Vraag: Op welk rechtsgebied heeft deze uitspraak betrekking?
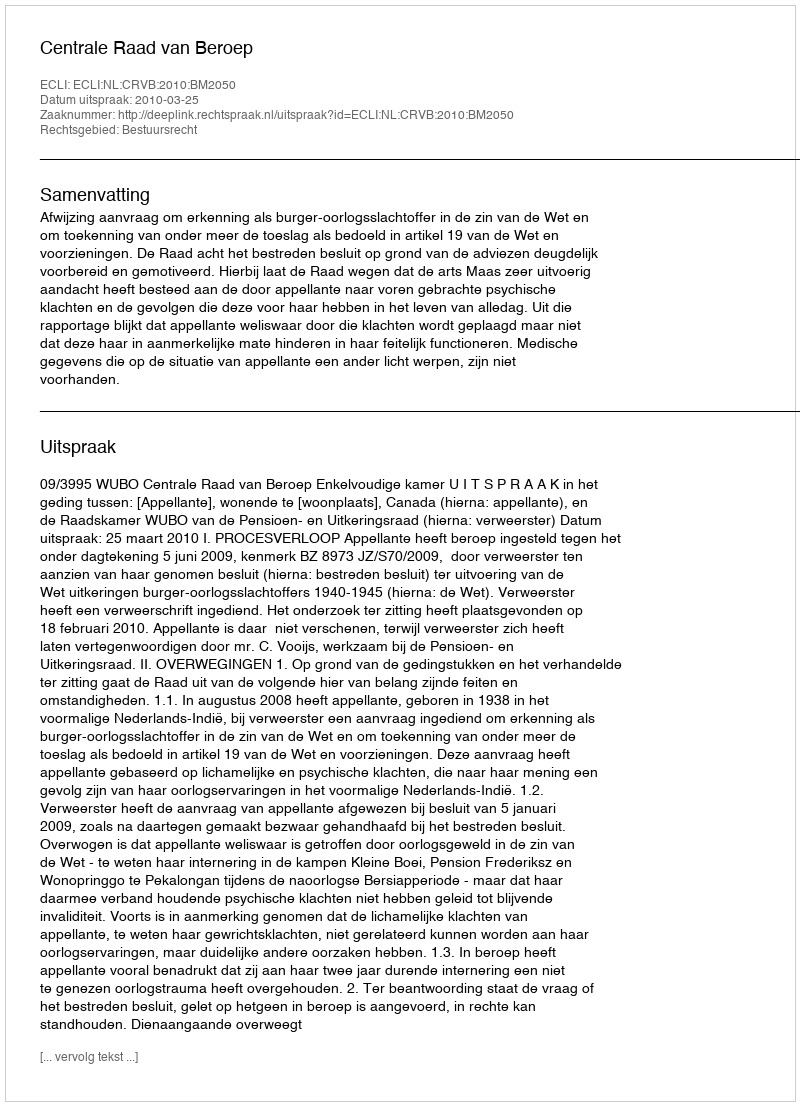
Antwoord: Bestuursrecht